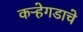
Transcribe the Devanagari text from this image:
कऱ्हेगडाचे